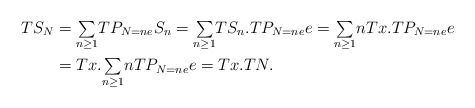
\begin{align*}TS_{N} & ={\textstyle\sum\limits_{n\geq1}}TP_{N=ne}S_{n}={\textstyle\sum\limits_{n\geq1}}TS_{n}.TP_{N=ne}e={\textstyle\sum\limits_{n\geq1}}nTx.TP_{N=ne}e\\& =Tx.{\textstyle\sum\limits_{n\geq1}}nTP_{N=ne}e=Tx.TN.\end{align*}